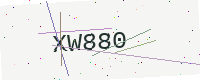
Text: XW880